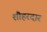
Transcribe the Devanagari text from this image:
शौहरदार